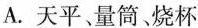
A.天平、量筒、烧杯